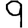
Digit: 9